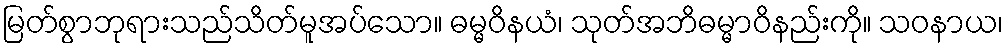
မြတ်စွာဘုရားသည်သိတ်မူအပ်သော။ ဓမ္မဝိနယံ၊ သုတ်အဘိဓမ္မာဝိနည်းကို။ သဝနာယ၊